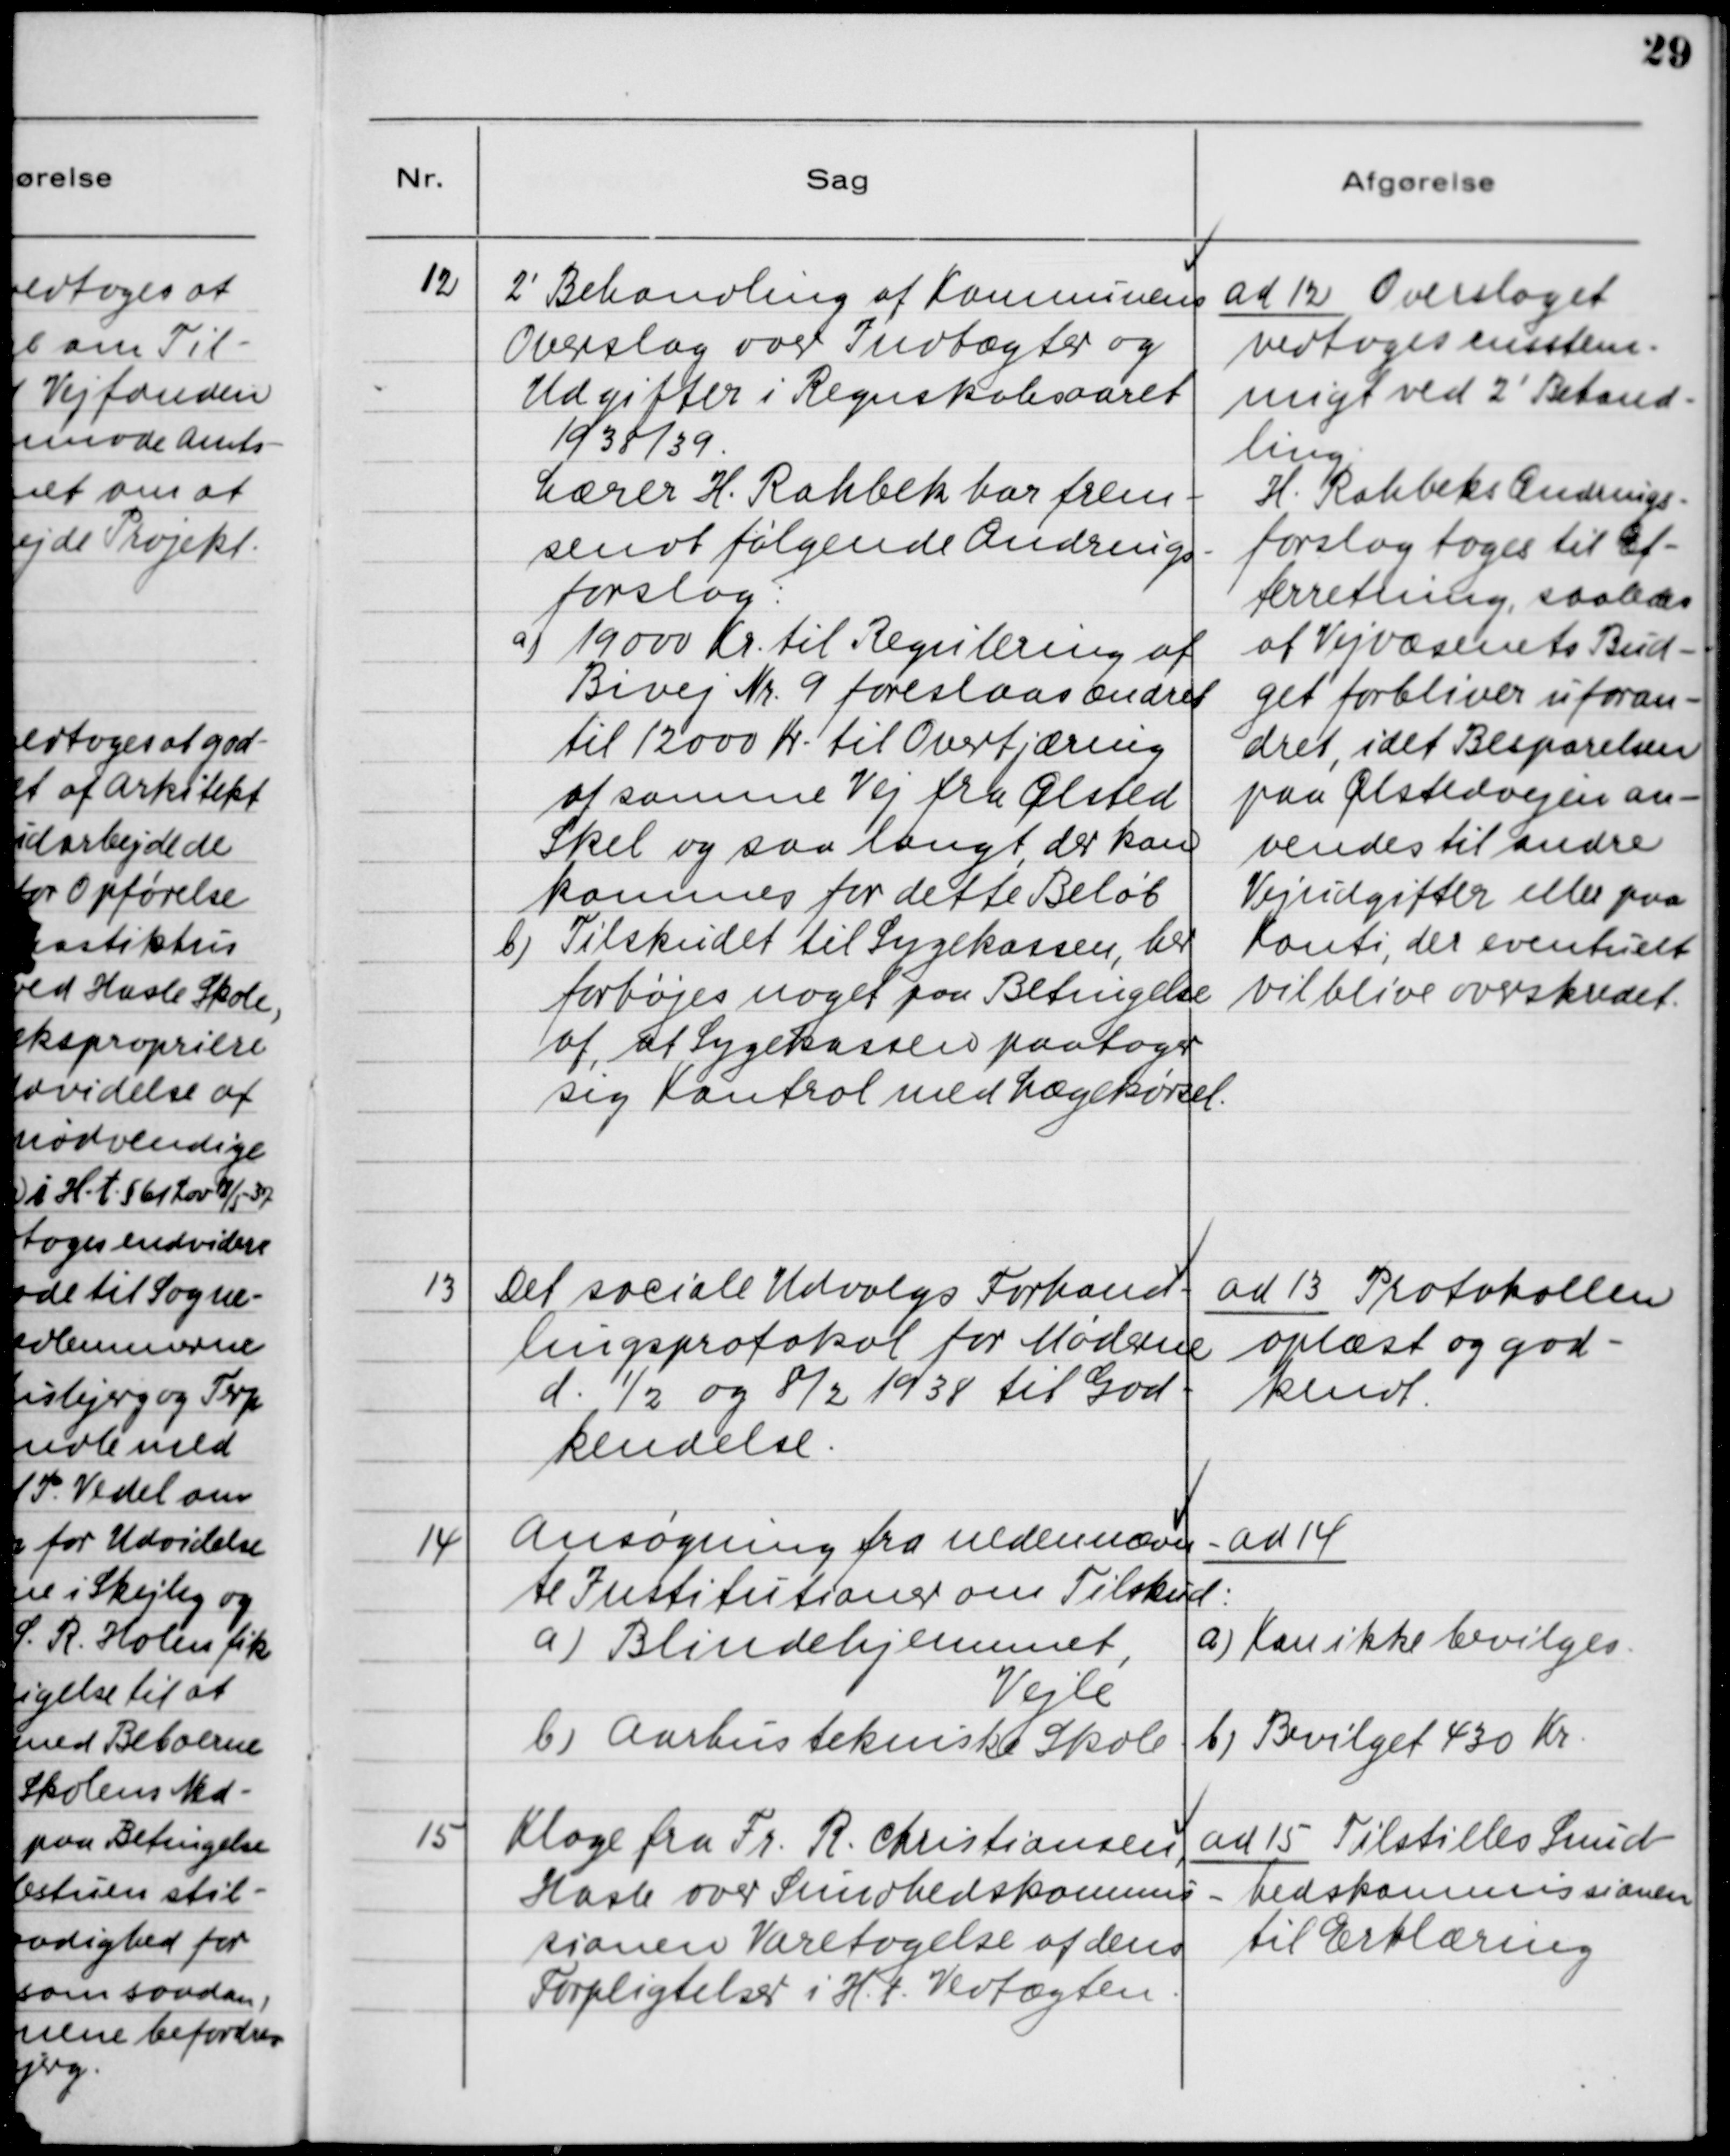
Transskription:
12. 2´Behandling af Kommunens
Overslag over Indtægter og
Udgifter i Regnskabsaaret
1938/39.
Lærer H. Rahbek har frem-
sendt følgende Ændrings-
forslag:
a) 19000 Kr. til Regulering af
Bivej Nr. 9 foreslaas ændret
til 12000 Kr. til Overtjæring
af samme Vej fra Ølsted
Skel og saa langt, der kan
kommes for dette Beløb
b) Tilskudet til Sygekassen, her
forhøjes noget paa Betingelse
af, at Sygekassen paatager
sig Kontrol med Lægekørsel.

ad 12. Overslaget
vedtoges ensstem-
migt ved 2´Behand-
ling.
H. Rahbeks Ændrings-
forslag tages til Ef-
terretning, saaledes
at Vejvæsenets Bud-
det forbliver uforan-
dret, idet Besparelsen
paa Ølstedvejen an-
vendes til andre
Vejudgifter eller paa
Konti, der eventuelt
vil blive overskredet.

13. Det sociale Udvalgs Forhand-
lingsprotokol for Møderne
d. 1/2 og 8/2 1938 til God-
kendelse.

ad 13. Protokollen
oplæst og god-
kendt.

14. Ansøgning fra Nedennævn-
te Institutioner om Tilskud:
a) Blindehjemmet,
Vejle
b) Aarhus tekniske Skole

ad 14.
a) Kan ikke bevilges
b) Bevilget 430 Kr.

15. Klage fra Fr. R. Christiansen,
Hasle over Sundhedskommis-
sionen Varetagelse af dens
Forpligtigelser i H.t. Vedtægten.

ad 15. Tilstilles Sund-
hedskommissionen
til Erklæring